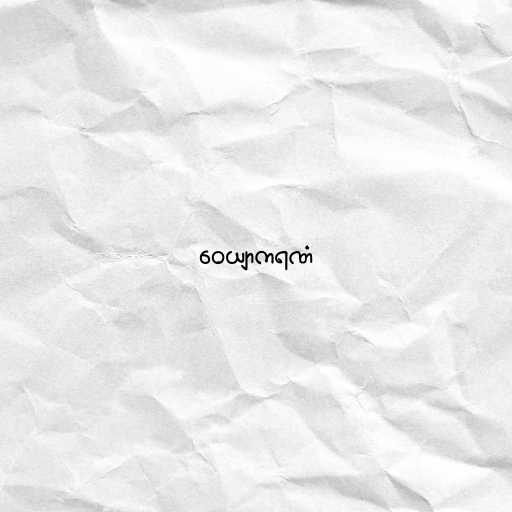
ဝေယျာကရဏံ